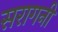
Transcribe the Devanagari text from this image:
सरागनी